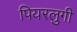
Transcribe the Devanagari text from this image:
पियरलुगी